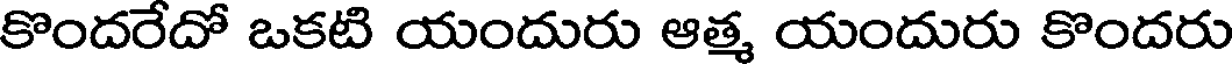
కొందరేదో ఒకటి యందురు ఆత్మ యందురు కొందరు